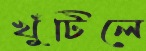
খুঁটিলে